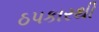
ઠપકારથી